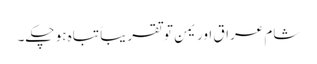
شام عراق اور یمن تو تقریباً تباہ ہو چکے۔